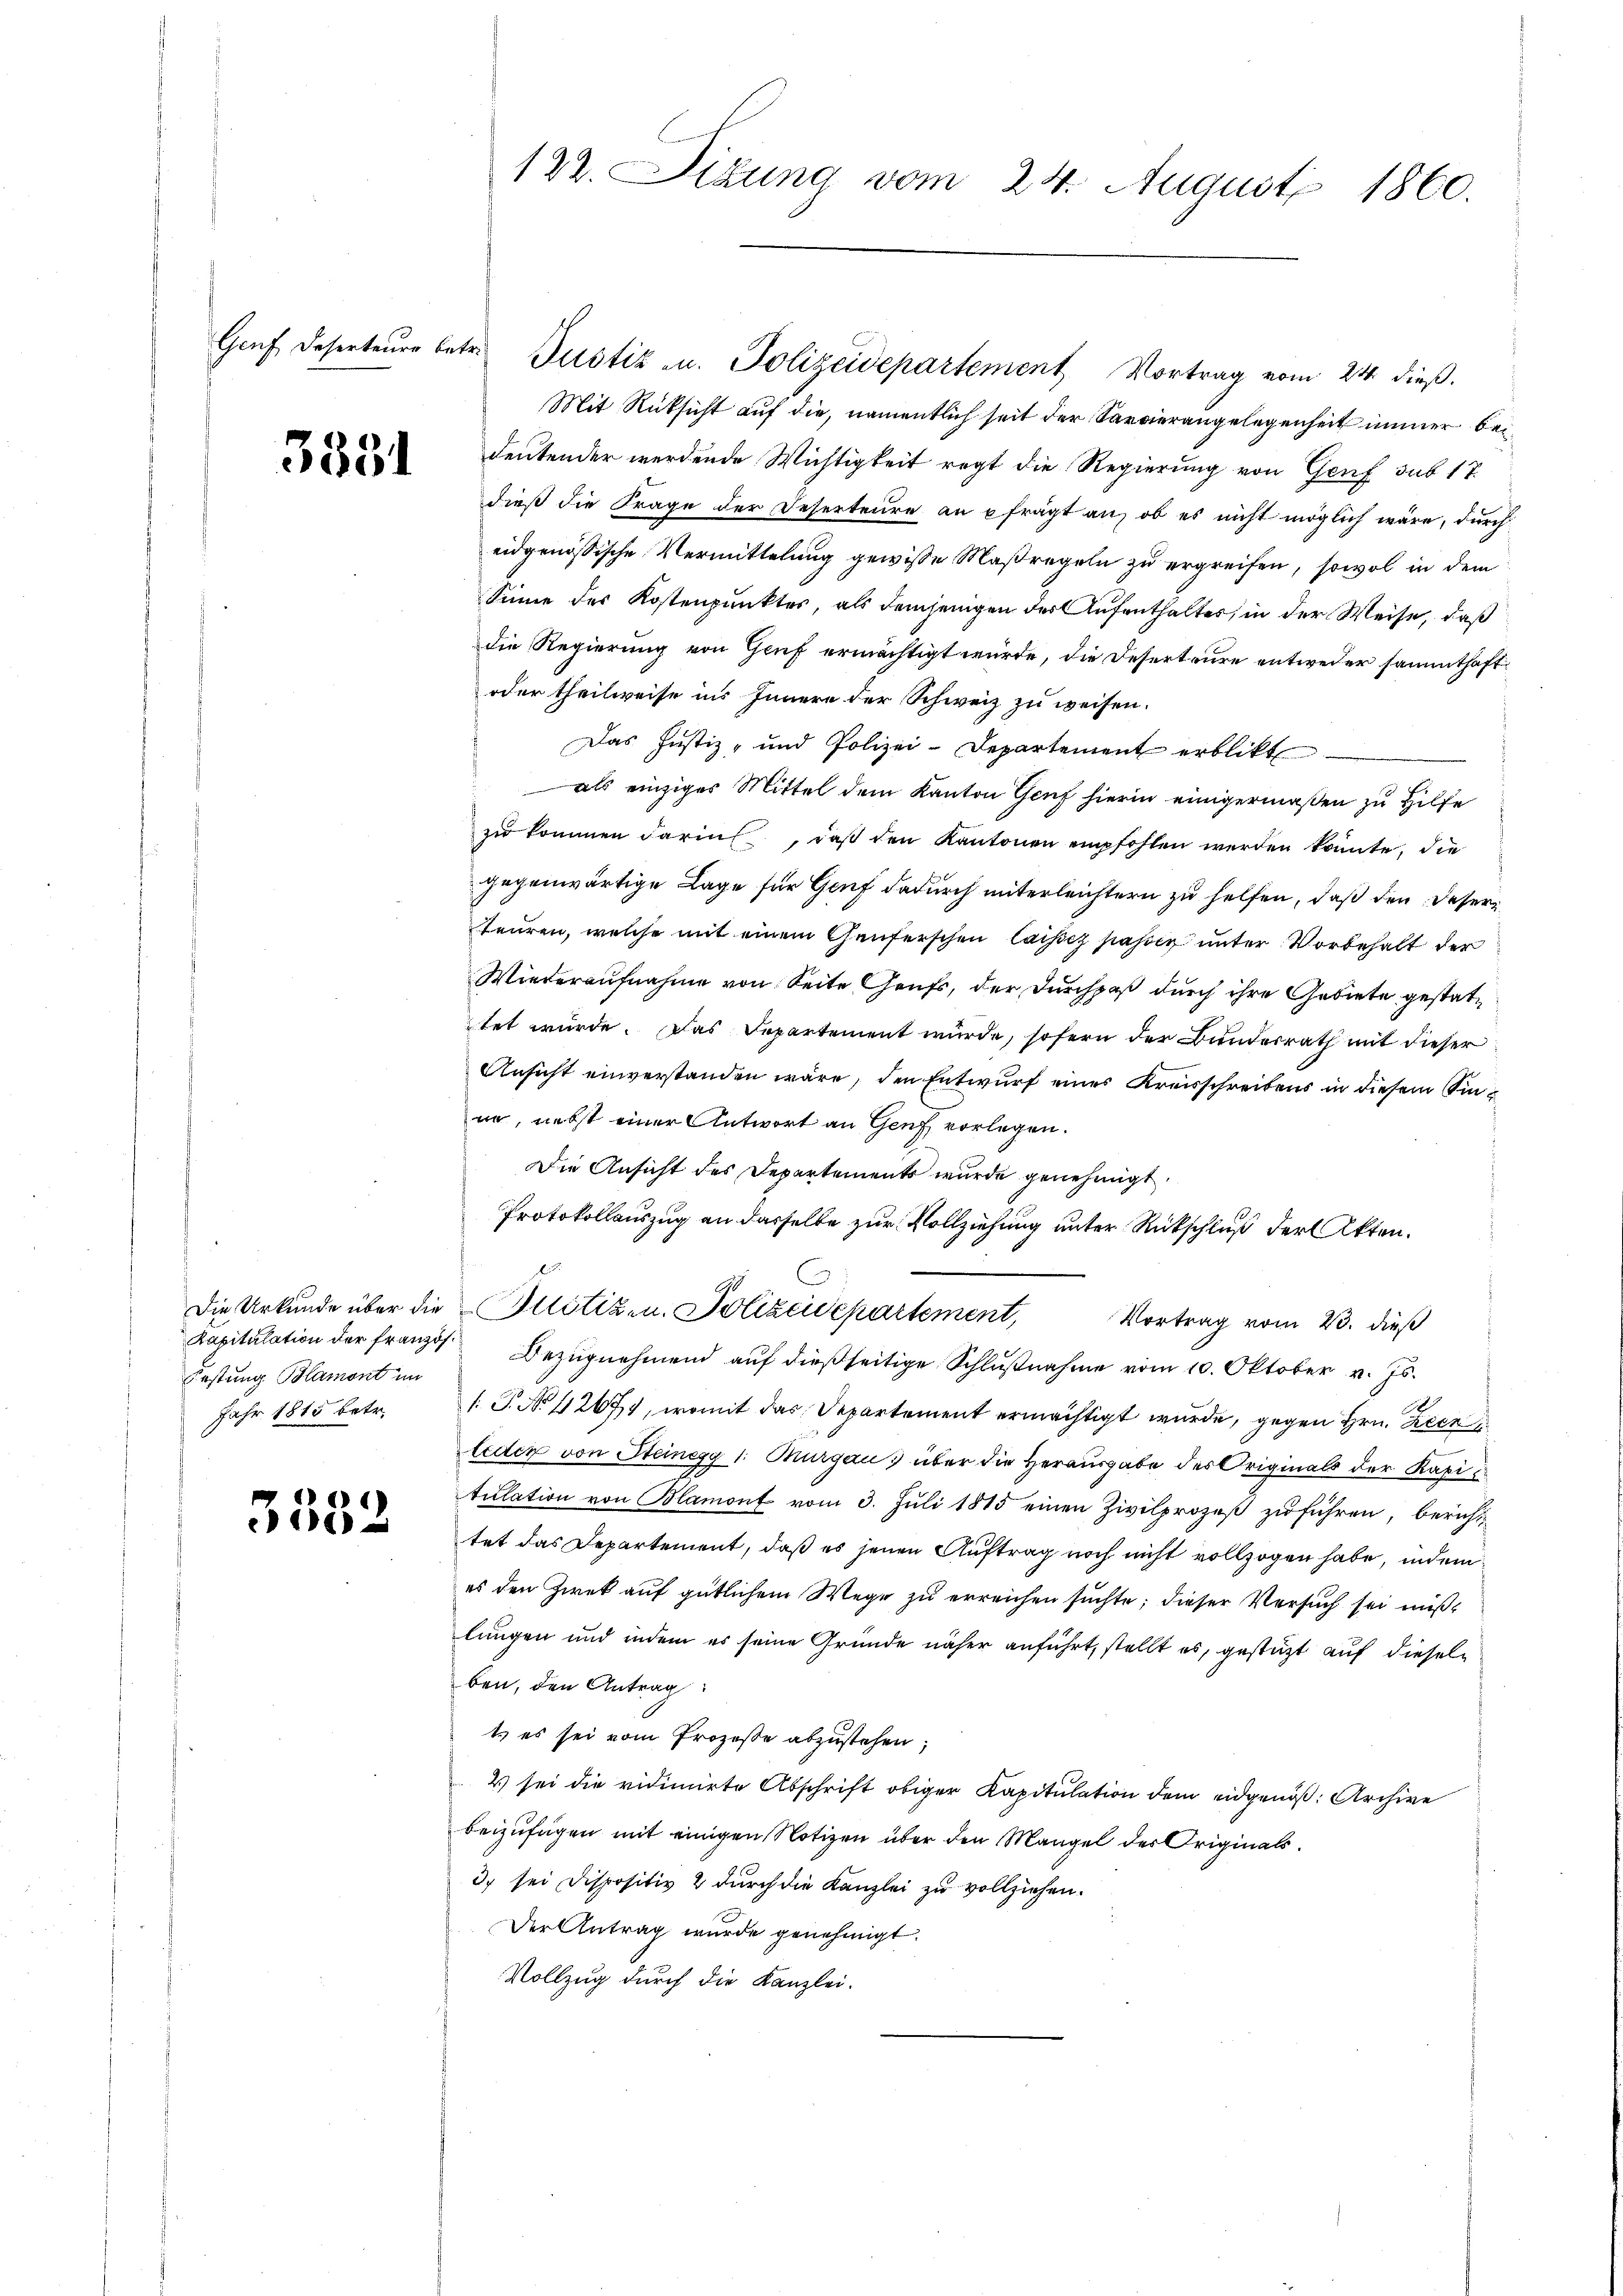
3331

Festung Blamont im
Jahr 1815 betr.

3332

122. Sidung vom 24. August 1860.

Mit Rüksicht auf die, namentlich seit der Servierangelegenheit immer bei
deutender werdende Wichtigkeit regt die Regierung von Genf sub 17.
dieß die Frage der Deserteure an pfrägt an, ob es nicht möglich wäre, durch
eidgenössische Vermittelung gewisse Maßregeln zu ergreifen, sowol in dem
Sinne des Kostenpunktes, als demjenigen der Aufenthaltes, in der Weise, daß
die Regierung von Genf ermächtigt wurde, die Deserteure entweder sammthaft¬
oder theilweise ins Innern der Schweiz zu weisen.
Das Justiz- und Polizei-Departement erblickt
als einziges Mittel dem Kanton Genf hierin einigermaßen zu Hilfe
zu kommen darin, daß den Kantonen empfohlen werden könnte, die
gegenwärtige Lage für Genf dadurch unterleichtern zu helfen, daß den Deserteuren, welche mit einem Genferschen Cassez passen unter Vorbehalt der
Wiederaufnahme von Seite Grufs, der Durchpaß durch ihre Gebiete gestattet würde. Das Departement würde, sofern der Bunderrath mit dieser
Ansicht einverstanden wäre, den Entwurf eines Kreisschreibens in diesem Sinne, nebst einer Antwort an Genf vorlegen.
Die Ansicht des Departements wurde genehmigt.
Protokollauszug an dasselbe zur Vollziehung unter Rückschluß der Akten.
C
Die Urkunde über die Altötiz- u. Polizeidepartement, Vortrag vom 23. dieß
Kapitulation der französ. Bezŭgnehmend aŭf dießseitige Schlŭβnahme vom 10. Oktober v. Js.
. P. No 112671, womit das Departement ermächtigt wurde, gegen Hrn. Zeer
leder von Steinegg 1: Thurgau über die Herausgabe des Originals der Kapitulation von Blamont vom 3. Juli 1815 einen Zivilprozeß zu führen, berichttet das Departement, daß es jenen Auftrag noch nicht vollzogen habe, indem
es den Zweck auf gütlichem Wege zu erreichen suchte; dieser Versuch sei mißlungen und indem es seine Gründe näher anführt, stellt es, gestützt auf dieselben, den Antrag
t es sei vom Prozeße abzustehen;
2) sei die vidimirte Abschrift obiger Kapitulation dem eidgenöß: Archive
beizufügen mit einigen Notizen über den Mangel der Originals.
3) sei Dispositiv 2 durch die Kanzlei zu vollziehen.
Der Antrag wurde genehmigt.
Vollzug durch die Kanzlei.

Grf Deserteure betr. Justiz u. Polizeidepartement Vortrag vom 24. dieβ.